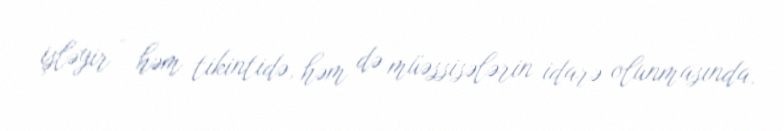
işləyir - həm tikintidə, həm də müəssisələrin idarə olunmasında.